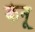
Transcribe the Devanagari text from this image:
केनू